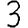
Digit: 3